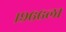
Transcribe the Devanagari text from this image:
१९६६ला